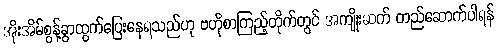
အိုးအိမ်စွန့်ခွာထွက်ပြေးနေရသည်ဟု ဗဟိုစာကြည့်တိုက်တွင် အကျိုးဆက် တည်ဆောက်ပါရန်